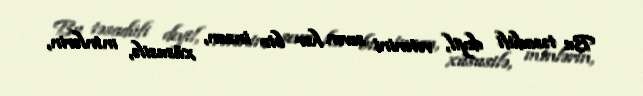
Bu təsadüfi deyil, vətənini sevən hər bir insan, xüsusilə, minlərin,